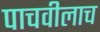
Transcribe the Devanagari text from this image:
पाचवीलाच